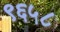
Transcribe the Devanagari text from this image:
९६५८